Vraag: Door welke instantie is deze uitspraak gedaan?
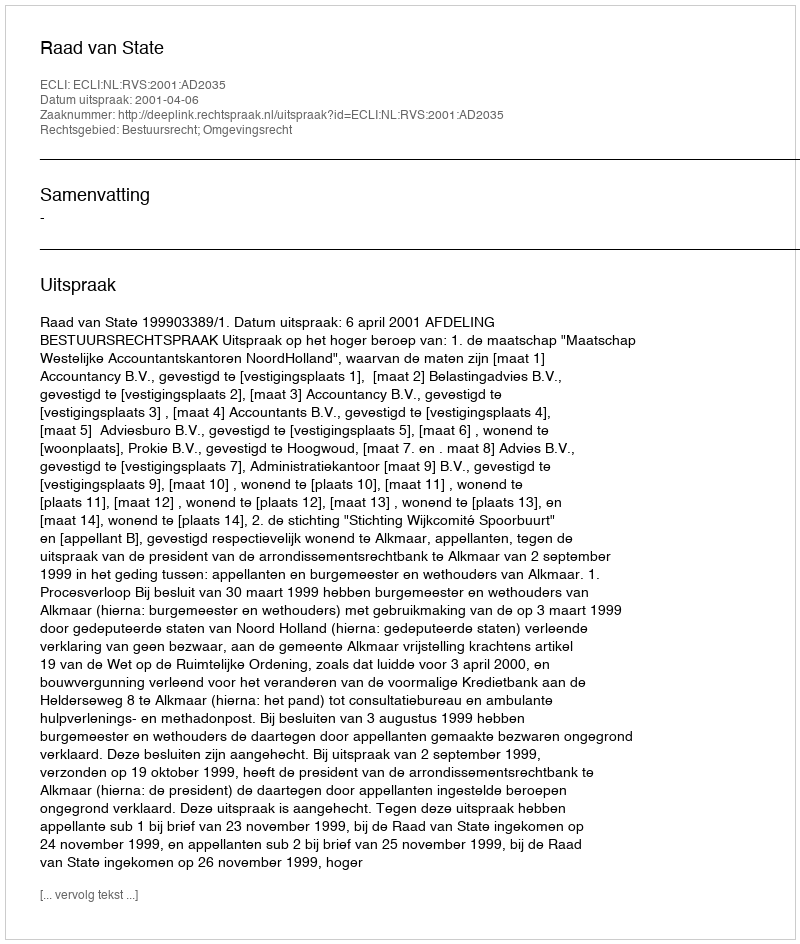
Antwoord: Raad van State